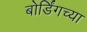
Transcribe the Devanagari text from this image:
बोर्डिंगच्या